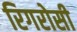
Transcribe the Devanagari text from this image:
रिगरोसी